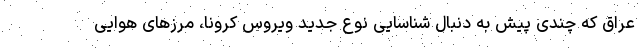
عراق که چندی پیش به دنبال شناسایی نوع جدید ویروس کرونا، مرزهای هوایی